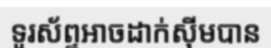
ទូរស័ព្ទអាចដាក់ស៊ីមបាន